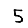
Digit: 5